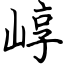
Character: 崞